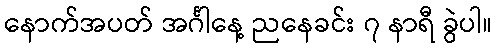
နောက်အပတ် အင်္ဂါနေ့ ညနေခင်း ၇ နာရီ ခွဲပါ။